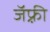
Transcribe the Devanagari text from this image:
जॅफ़्री